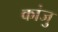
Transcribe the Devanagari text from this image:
कांजु